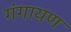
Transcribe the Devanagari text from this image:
गंगायण